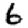
Digit: 6